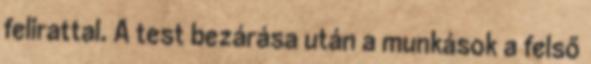
felirattal. A test bezárása után a munkások a felső